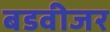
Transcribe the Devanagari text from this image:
बडवीजर